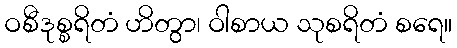
ဝစီဒုစ္စရိတံ ဟိတွာ၊ ဝါစာယ သုစရိတံ စရေ။